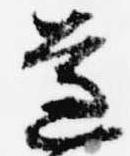
遵